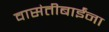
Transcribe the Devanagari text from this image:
वासंतीबाईंना